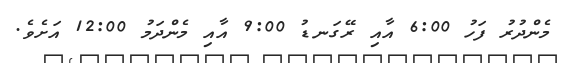
މެންދުރު ފަހު 6:00 އާއި ރޭގަނޑު 9:00 އާއި މެންދަމު 12:00 އަށެވެ.